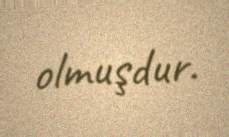
olmuşdur.